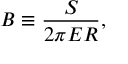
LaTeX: B \equiv { \frac { S } { 2 \pi E R } } ,